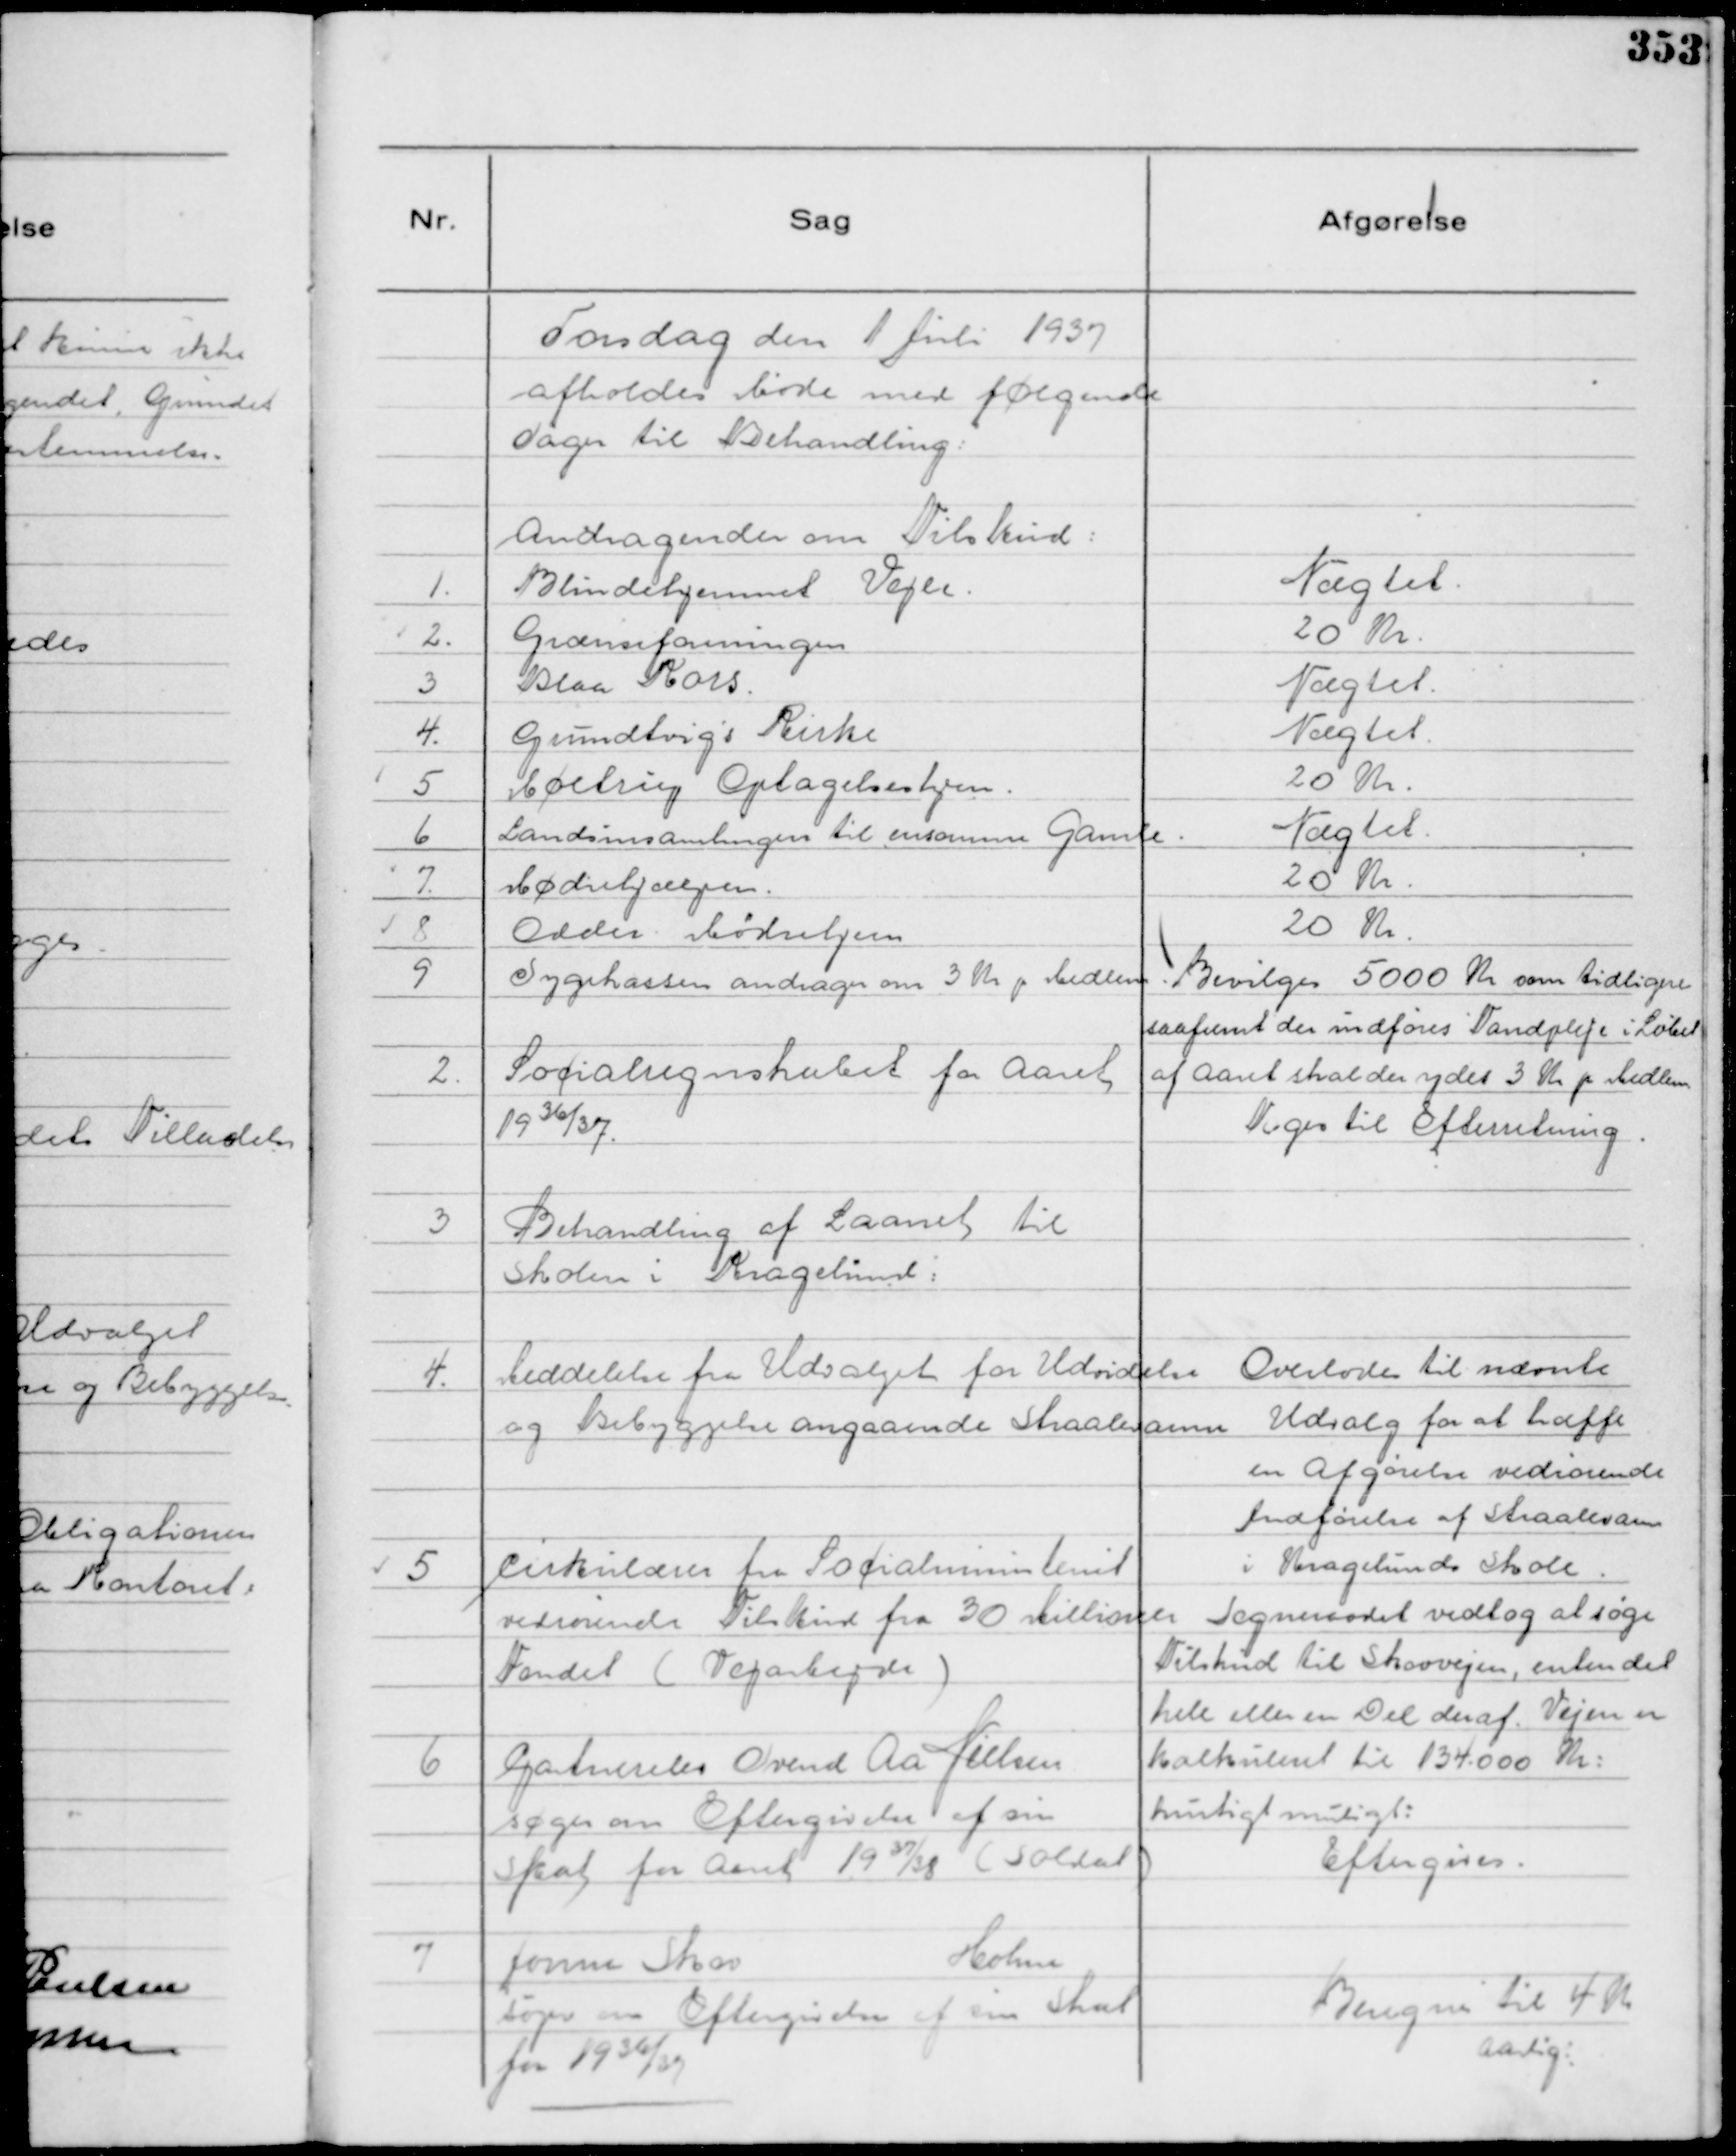
Transskription:
Torsdag den 1 Juli 1937
afholdes Møde med følgende
Sager til Behandling:

Andragende om Tilskud:
1. Blindehjemmet Vejle.
Nægtet.
2. Grænseforeningen
20 Kr.
3 Blaa Kors.
Nægtet.
4. Grundtvigs Kirke
Nægtet.
5. Møltrup Optagelseshjem.
20 Kr.
6 Landsinsamlingen til ensomme Gamle.
Nægtet.
7. Mødrehjælpen.
20 Kr.
8 Odder Mødrehjem
20 Kr.
9 Sygekassen andrager om 3 Kr pr Medlem.
Bevilges 5000 Kr som tidligere
saafremt der indføres Tandpleje i Løbet
af Aaret skal der ydes 3 Kr pr Medlem

2.
Socialregnskabet for Aaret
1936/37.

Toges til Efterretning.

3
Behandling af Laanet til
Skolen i Kragelund:

4.
Meddelelse fra Udvalget for Udvidelse
og Bebyggelse angaaende Straalevarme

Overlodes til nævnte
Udvalg for at træffe
en Afgørelse vedrørende
Indførelse af Straalevarme
i Kragelunds Skole.

5
Cirkulærer fra Socialministeriet
vedrørende Tilskud fra 30 Millioner
Fondet ( Vejarbejde )

Sogneraadet vedtog at søge
Tilskud til Skovvejen, enten det
hele eller en Del deraf. Vejen er
kalkuleret til 134.000 Kr:
hurtigt muligt:

6
Gartnerelev Svend Aa Jensen
søger om Eftergivelse af sin
Skat for Aaret 1937/38

( Soldat )

Eftergives.

7
Jonna Skov
Holme
søger om Eftergivelse af sin Skat
for 1936/37

Beregnes til 4 Kr
aarlig: